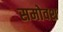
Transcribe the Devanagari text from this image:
समोवश